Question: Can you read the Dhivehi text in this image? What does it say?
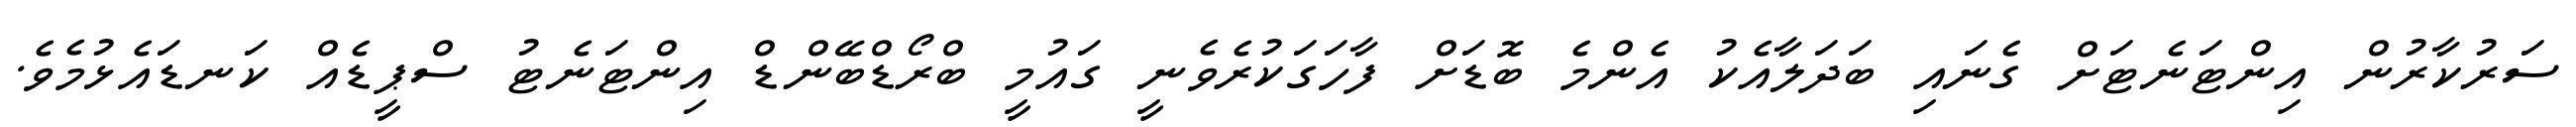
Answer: ސަރުކާރުން އިންޓަނެޓަށް ގެނައި ބަދަލާއެކު އެންމެ ބޮޑަށް ފާހަގަކުރެވެނީ ގައުމީ ބްރޯޑްބޭންޑް އިންޓަނެޓު ސްޕީޑެއް ކަނޑައެޅުމެވެ.